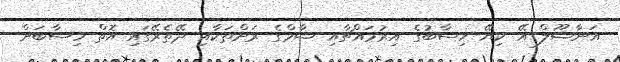
އަނާޟޫލް އޭ ކިޔޭ ހިސާބުގެ އިރުމައްޗާއި ޝާމްގެ ރަށްތަކާއި ދޭތެރޭގައި އޮތް ހިސާބަށް